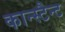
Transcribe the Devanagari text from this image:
कान्स्टैन्ट